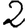
Digit: 2